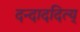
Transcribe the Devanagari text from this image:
दन्दाददित्य्